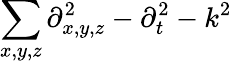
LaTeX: \sum_{x,y,z}\partial_{x,y,z}^{2}-\partial_{t}^{2}-k^{2}